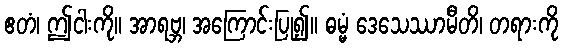
ဧတံ၊ ဤငါးကို။ အာရဗ္ဘ၊ အကြောင်းပြု၍။ ဓမ္မံ ဒေသေဿာမီတိ၊ တရားကို